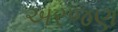
અરજણ